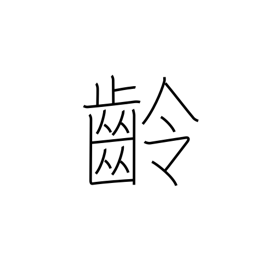
Meaning: age